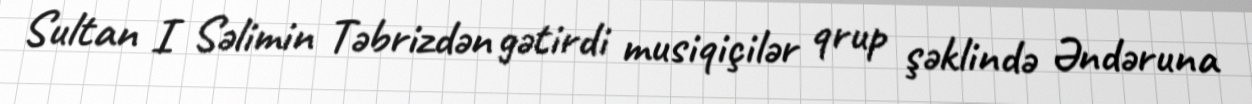
Sultan I Səlimin Təbrizdən gətirdi musiqiçilər qrup şəklində Əndəruna